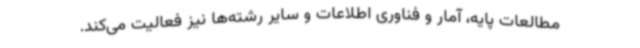
مطالعات پایه، آمار و فناوری اطلاعات و سایر رشته‌ها نیز فعالیت می‌کند.